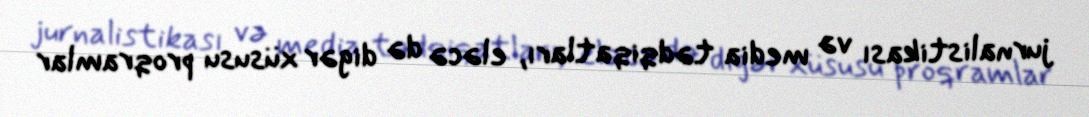
jurnalistikası və media tədqiqatları, eləcə də digər xüsusu proqramlar